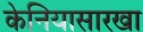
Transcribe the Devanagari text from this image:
केनियासारखा